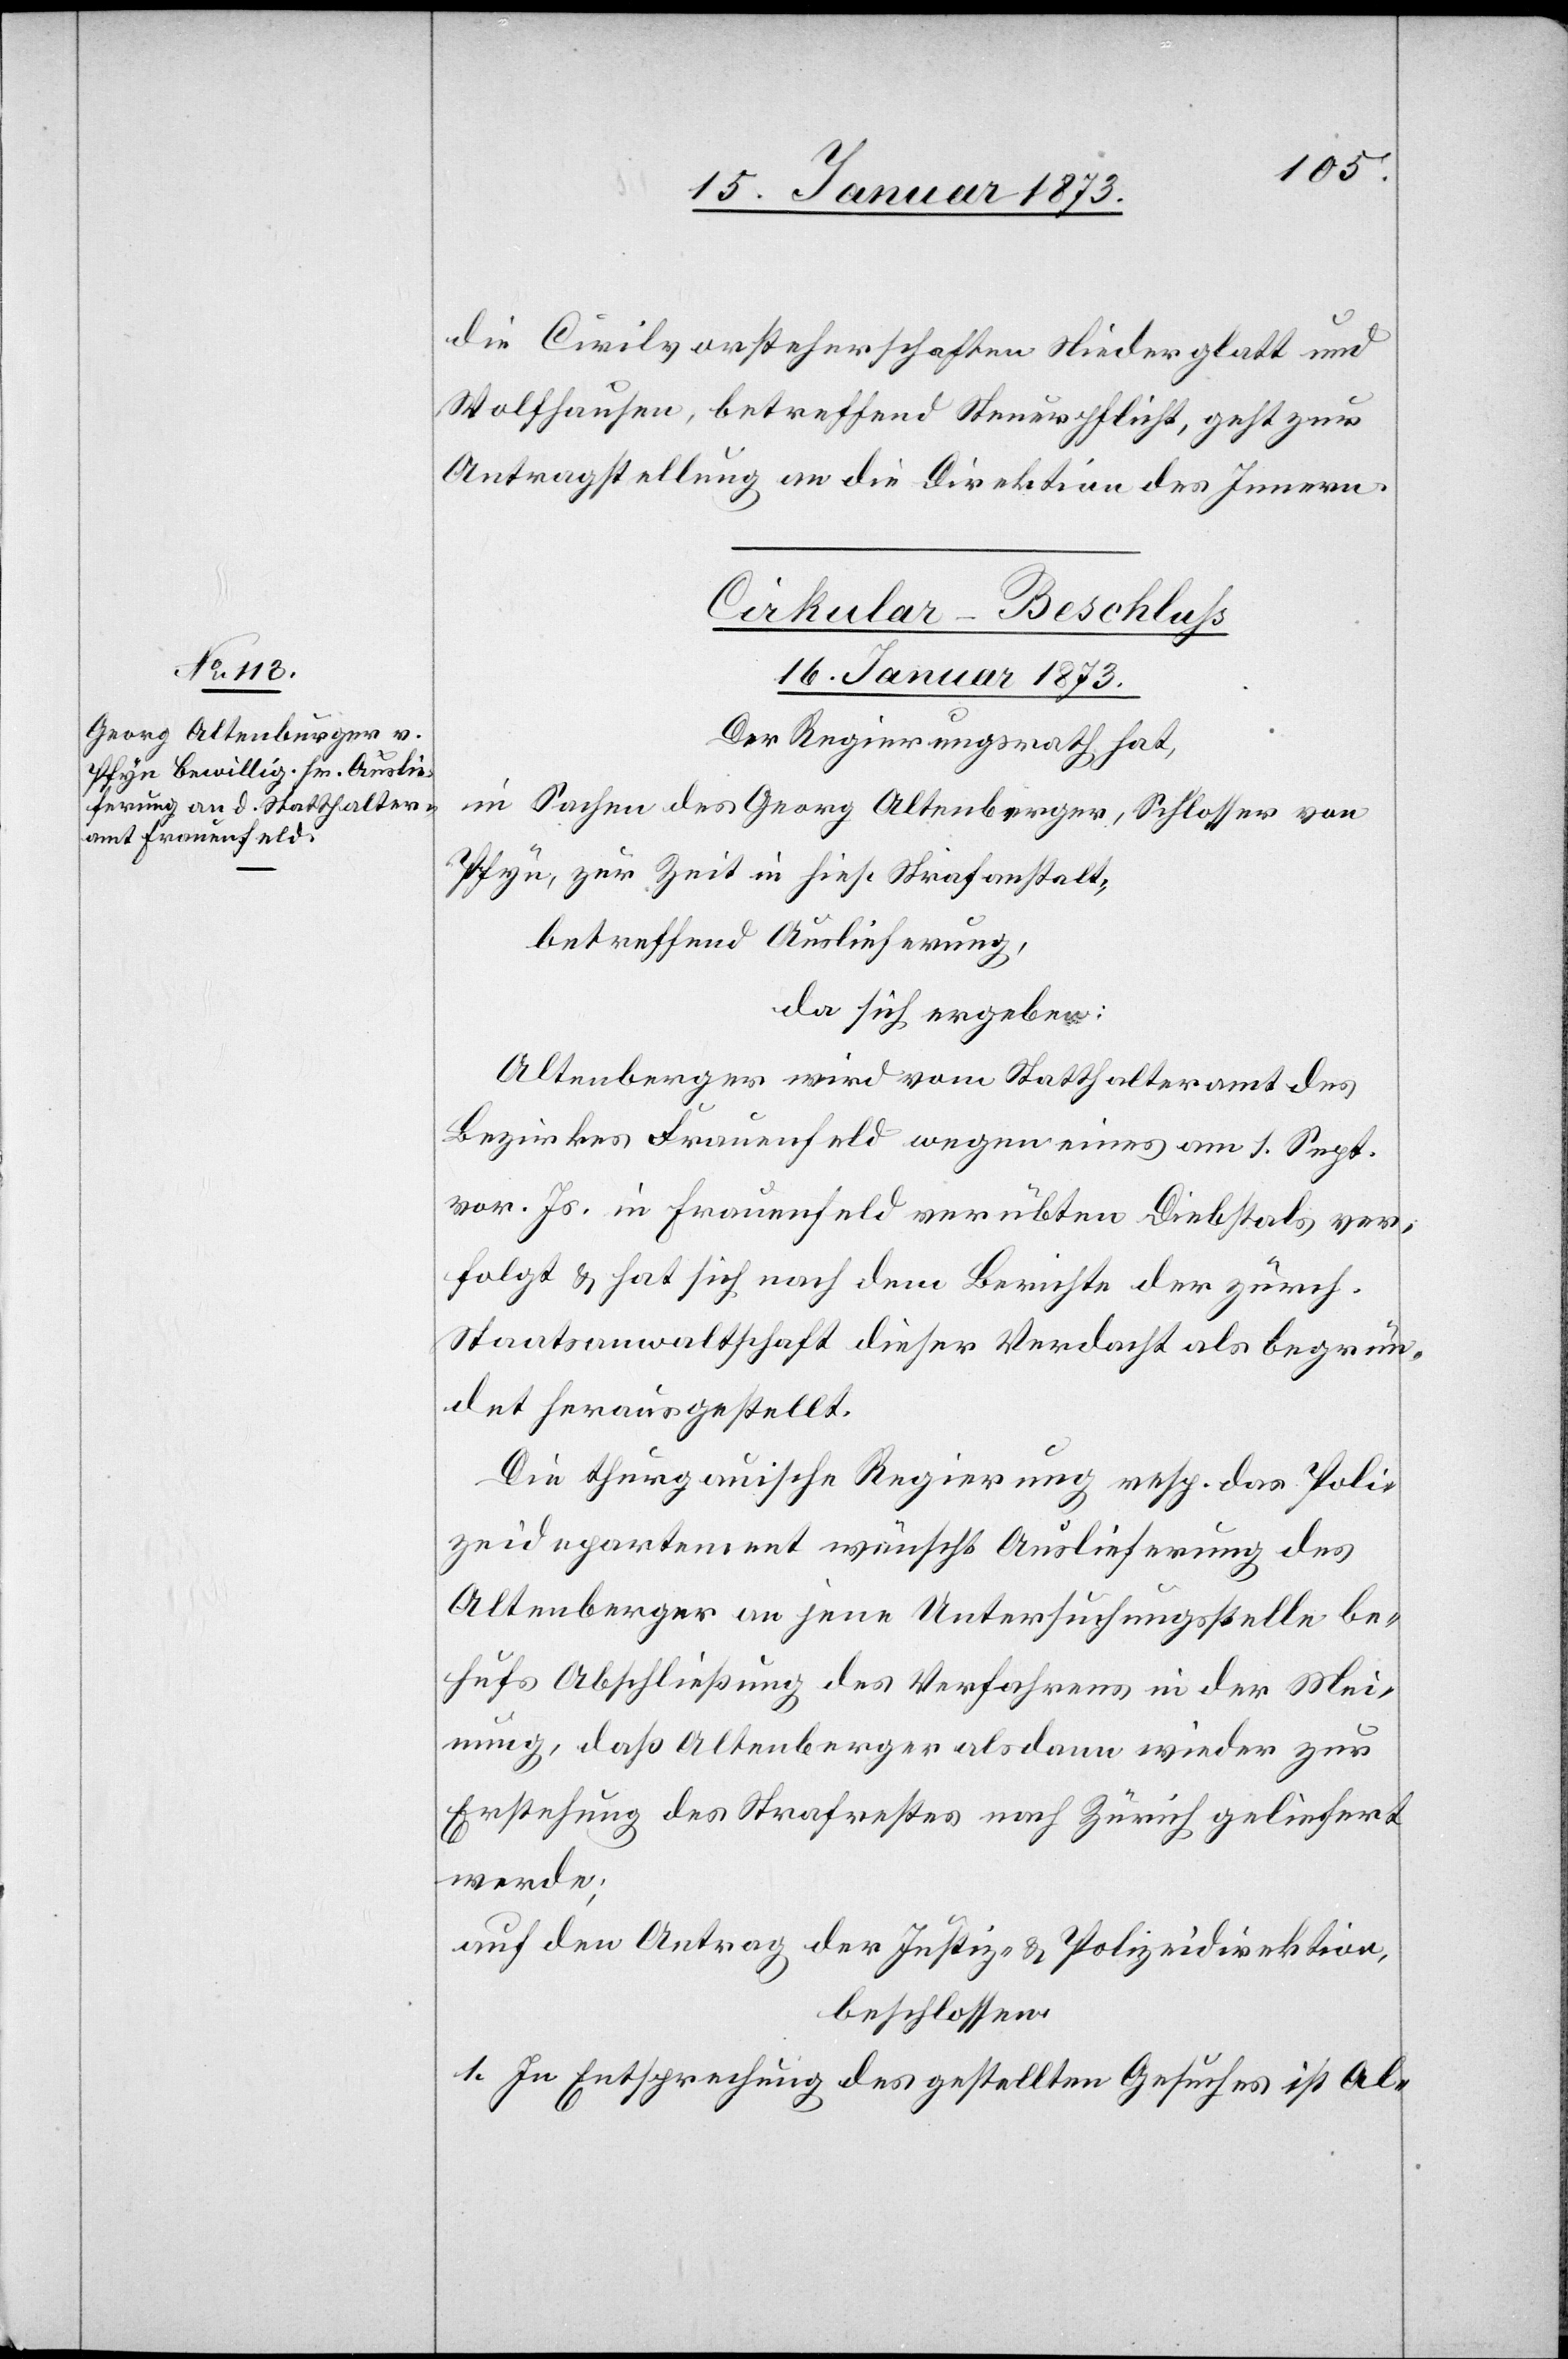
die Civilvorsteherschaften Niederglatt und
Wolfhausen, betreffend Steuerpflicht, geht zur
Antragstellung an die Direktion des Innern.
Cirkular-Beschluß
16. Januar 1873.
Der Regierungsrath hat,
in Sachen des Georg Altenberger [sic!], Schlosser von
Pfyn, zur Zeit in hies. Strafanstalt,
betreffend Auslieferung,
da sich ergeben:
Altenberger wird vom Statthalteramt des
Bezirkes Frauenfeld wegen eines am 1. Sept.
vor. Js. in Frauenfeld verübten Diebstals ver¬
folgt u. hat sich nach dem Berichte der zürch.
Staatsanwaltschaft dieser Verdacht als begrün¬
det herausgestellt.
Die thurgauische Regierung resp. das Poli¬
zeidepartement wünscht Auslieferung des
Altenberger an jene Untersuchungsstelle be¬
hufs Abschließung des Verfahrens in der Mei¬
nung, daß Altenberger alsdann wieder zur
Erstehung des Strafrestes nach Zürich geliefert
werde;
auf den Antrag der Justiz- u. Polizeidirektion,
beschlossen:
1. In Entsprechung des gestellten Gesuches ist Al-